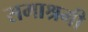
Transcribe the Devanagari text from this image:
समाश्रमी